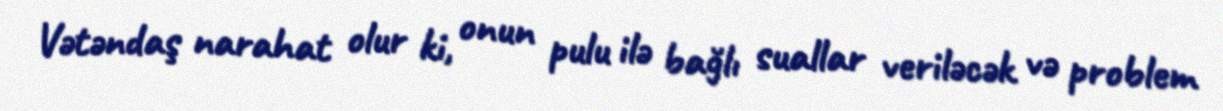
Vətəndaş narahat olur ki, onun pulu ilə bağlı suallar veriləcək və problem